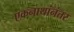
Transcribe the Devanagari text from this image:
एकनाथांनंतर